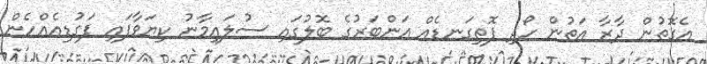
އެގޮތުން ދާރާ އަތުން ހޯދި ފޮތިގަނޑެއް އަންބަރުގެ ބޮލުގައި ސުލައިމާނު ކިޔަވާފައި ފަގުޑިއެއްހެން